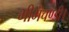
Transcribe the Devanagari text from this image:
भीमचण्डी।